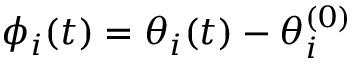
\phi _ { i } ( t ) = \theta _ { i } ( t ) - \theta _ { i } ^ { ( 0 ) }